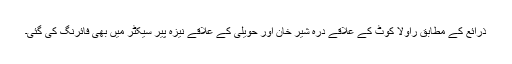
ذرائع کے مطابق راولا کوٹ کے علاقے درہ شیر خان اور حویلی کے علاقے نیزہ پیر سیکٹر میں بھی فائرنگ کی گئی۔